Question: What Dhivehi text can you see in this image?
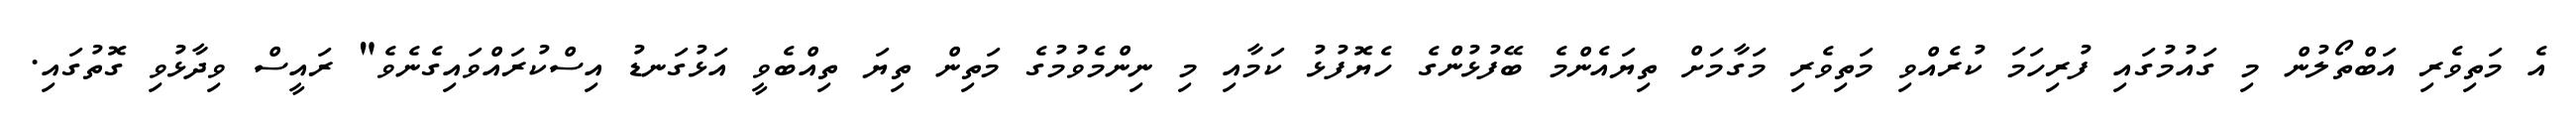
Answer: އެ މަތިވެރި އަބްތޯލުން މި ގައުމުގައި ފުރިހަމަ ކުރެއްވި މަތިވެރި މަގާމަށް ތިޔައެންމެ ބޭފުޅުންގެ ހެޔޮފުޅު ކަމާއި މި ނިންމެވުމުގެ މަތިން ތިޔަ ތިއްބެވީ އަޅުގަނޑު އިސްކުރައްވައިގެނެވެ" ރައީސް ވިދާޅުވި ގޮތުގައި.